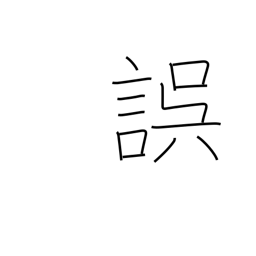
Meaning: err